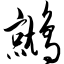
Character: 鹫